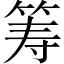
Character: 筹